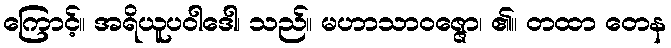
ကြောင့်။ အရိယူပဝါဒေါ၊ သည်။ မဟာသာဝဇ္ဇော၊ ၏။ တထာ တေန